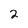
Character: 2